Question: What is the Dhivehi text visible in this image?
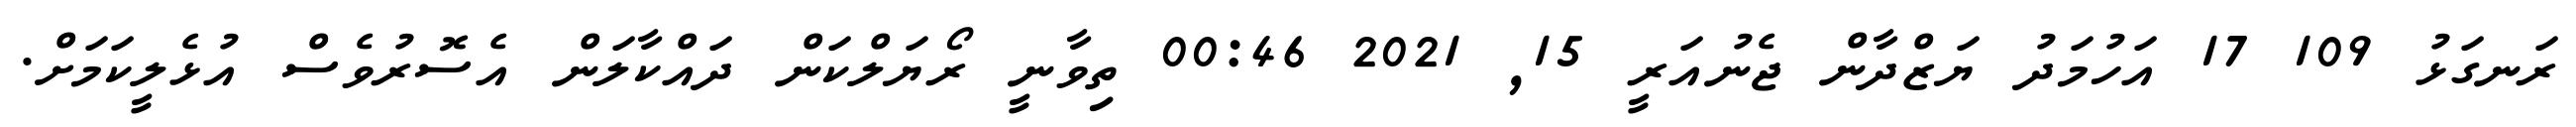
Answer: ރަނގަޅު 109 17 އަހުމަދު ޔަޒްދާން ޖެނުއަރީ 15, 2021 00:46 ތިވާނީ ރޯޔަލްކަން ދައްކާލަން އެސޮރުވެސް އުޅެލީކަމަށް.